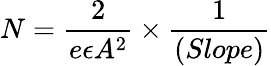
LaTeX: N=\frac{2}{e\epsilon A^{2}}\times\frac{1}{(Slope)}